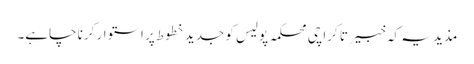
مذید یہ کہ خبیر تا کراچی محکمہ پولیس کو جدید خطوط پر استوار کرنا چاہے۔